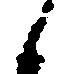
候